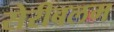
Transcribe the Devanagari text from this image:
सेरीबलम